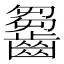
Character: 𪙗